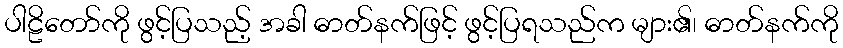
ပါဠိတော်ကို ဖွင့်ပြသည့် အခါ ဓာတ်နက်ဖြင့် ဖွင့်ပြရသည်က များ၏၊ ဓာတ်နက်ကို